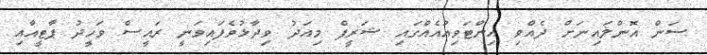
ސަން އޮންލައިނަށް ދެއްވި އިންޓަވިއުއެއްގައި ޝަރީފް މިއަދު ވިދާޅުވެފައިވަނީ ރައީސް ވަހީދު ޕާޓީއާއި